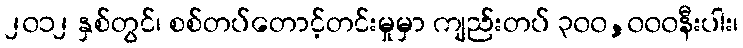
၂၀၁၂ နှစ်တွင်၊ စစ်တပ်တောင့်တင်းမှုမှာ ကျည်းတပ် ၃၀၀,၀၀၀နီးပါး၊